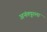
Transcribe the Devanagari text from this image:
अनंतपूरला